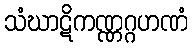
သံဃာဋိကဏ္ဏဂ္ဂဟဏံ